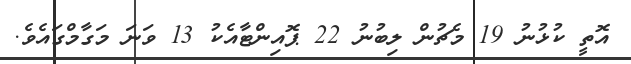
އޮތީ ކުޅުނު 19 މެޗުން ލިބުނު 22 ޕޮއިންޓާއެކު 13 ވަނަ މަގާމްގައެވެ.